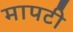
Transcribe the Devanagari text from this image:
मापटी